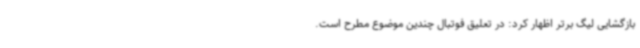
بازگشایی لیگ برتر اظهار کرد: در تعلیق فوتبال چندین موضوع مطرح است.